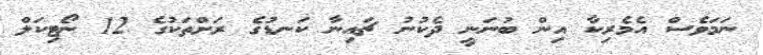
ނަމަވެސް އެމެރިކާ އިން ބުނަނީ ދެކުނު ޗައިނާ ކަނޑުގެ ރަށްތަކުގެ 12 ނޯޓިކަލް